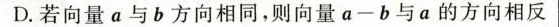
D.若向量a与b方向相同，则向量a-b与a的方向相反